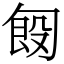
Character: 匓